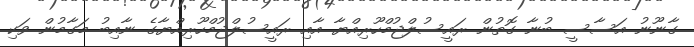
ގާނޫނު އަސާސީ ބުނާ ގޮތުން ރައީސުލްޖުމްހޫރިއްޔާ އާއި ރައީސުލްޖުމްހޫރިއްޔާގެ ނާއިބު މަގާމުން ވަކި